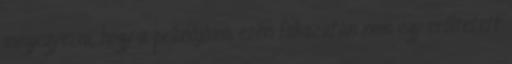
megjegyezni, hogy a pránájáma ezen fokozatán nem egy erőltetett